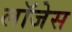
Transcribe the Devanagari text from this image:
लॉजेस